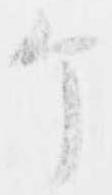
个